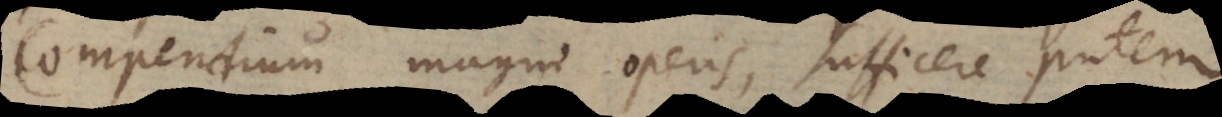
compendium magni operis, sufficere putem.